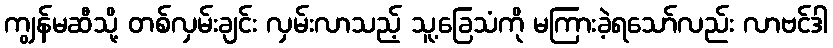
ကျွန်မဆီသို့ တစ်လှမ်းချင်း လှမ်းလာသည့် သူ့ခြေသံကို မကြားခဲ့ရသော်လည်း လာဗင်ဒါ